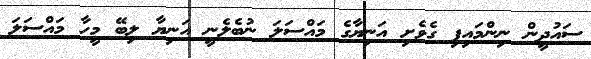
ސައުދީން ނިންމައިފި ގެވެށި އަނިޔާގެ މައްސަލަ ނުބެލެނީ އަނިޔާ ލިބޭ މީހާ މައްސަލަ